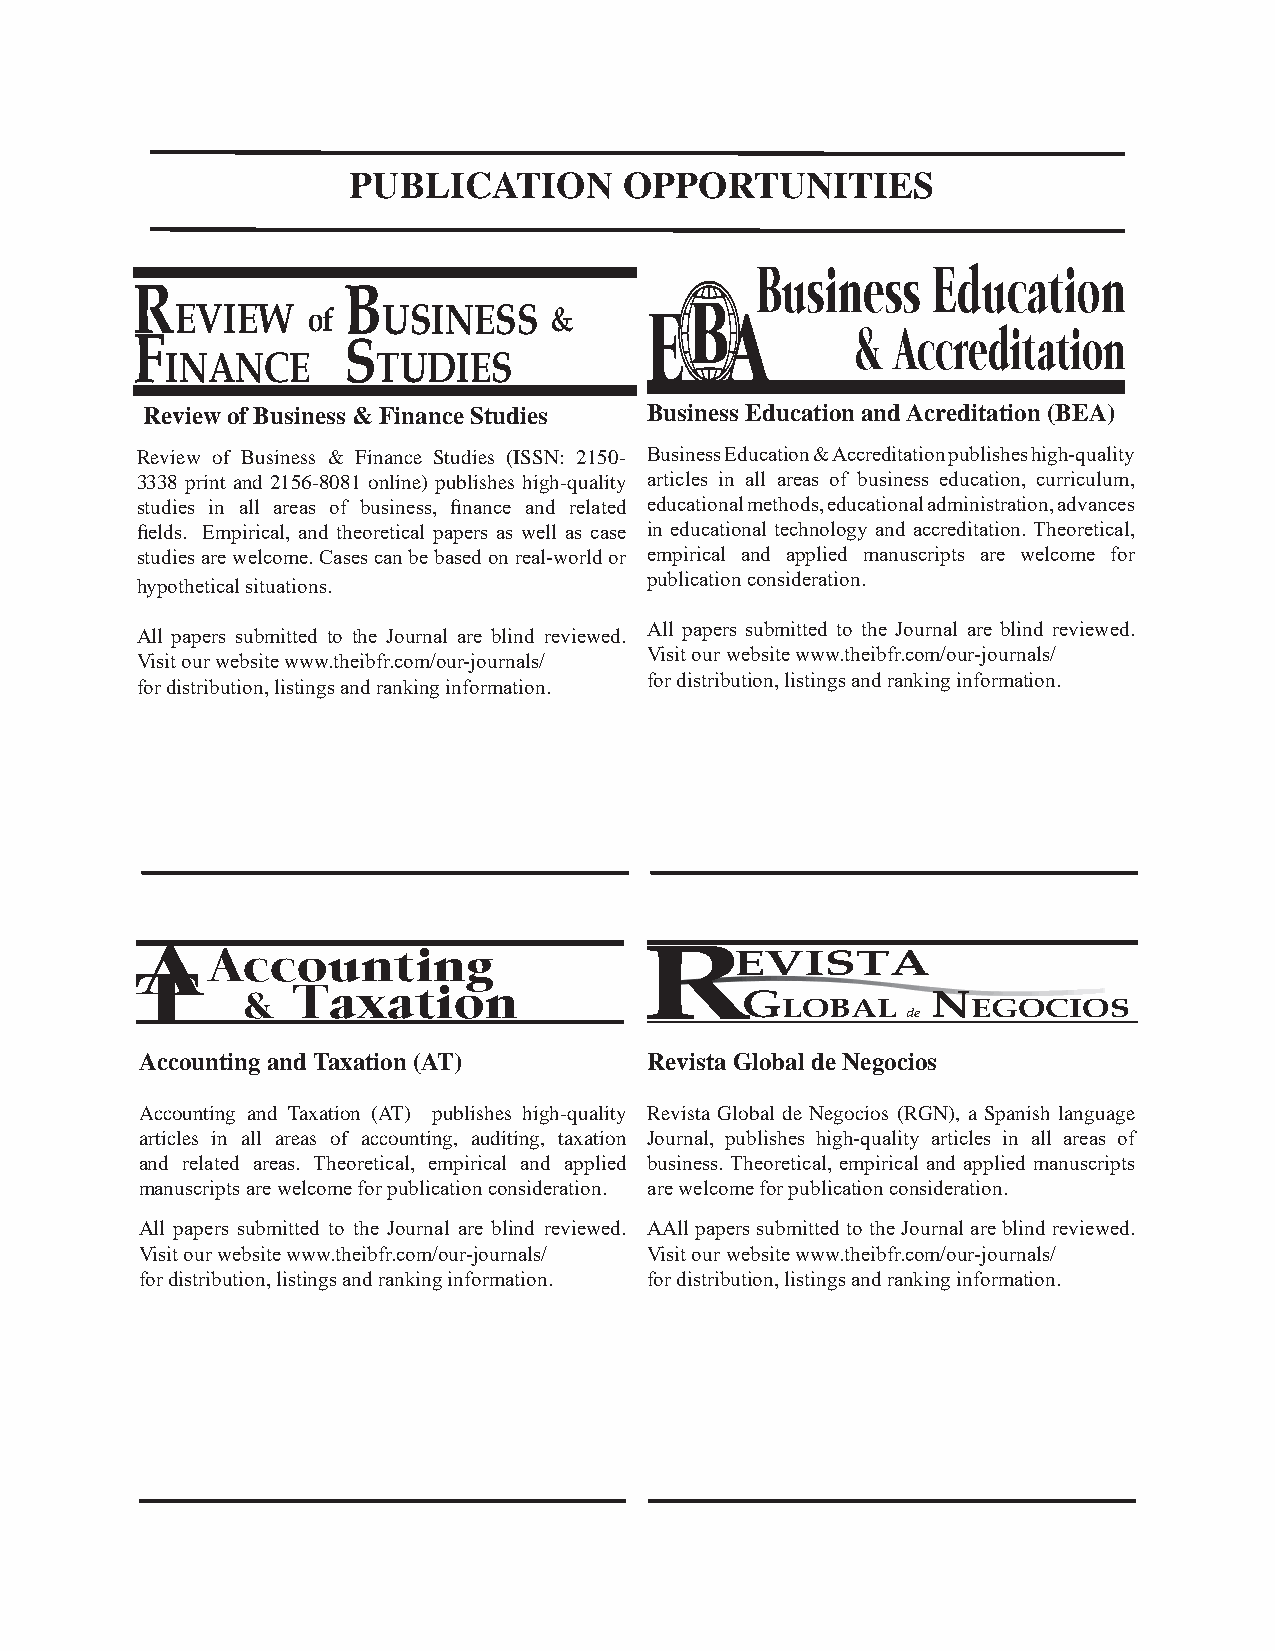
PUBLICATION       OPPORTUNITIES
 Business    Education
 R             B
 EVIEW   of   USINESS    &      EB   A
 & Accreditation
 F             S
 INANCE        TUDIES
 Review of Business & Finance Studies Business Education and Acreditation (BEA)
 Review of Business & Finance Studies (ISSN: 2150- Business Education & Accreditation publishes high-quality
 3338 print and 2156-8081 online) publishes high-quality articles in all areas of business education, curriculum,
 studies in all areas of business, finance and related educational methods, educational administration, advances
 fields. Empirical, and theoretical papers as well as case in educational technology and accreditation. Theoretical,
 studies are welcome. Cases can be based on real-world or empirical and applied manuscripts are welcome for
 publication consideration.
 hypothetical situations.
 All papers submitted to the Journal are blind reviewed.
 All papers submitted to the Journal are blind reviewed.
 Visit our website www.theibfr.com/our-journals/
 Visit our website www.theibfr.com/our-journals/
 for distribution, listings and ranking information.
 for distribution, listings and ranking information.
 A    Accounting                  REVISTA
 T
 Taxation
 &                                G
 LOBAL
 N
 EGOCIOS
 de
 Accounting and Taxation (AT)      Revista Global de Negocios
 Accounting and Taxation (AT) publishes high-quality Revista Global de Negocios (RGN), a Spanish language
 articles in all areas of accounting, auditing, taxation Journal, publishes high-quality articles in all areas of
 and related areas. Theoretical, empirical and applied business. Theoretical, empirical and applied manuscripts
 manuscripts are welcome for publication consideration. are welcome for publication consideration.
 All papers submitted to the Journal are blind reviewed. AAll papers submitted to the Journal are blind reviewed.
 Visit our website www.theibfr.com/our-journals/ Visit our website www.theibfr.com/our-journals/
 for distribution, listings and ranking information. for distribution, listings and ranking information.